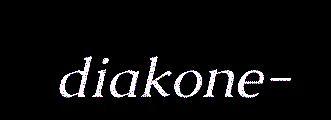
diakone-